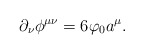
\begin{align*}\partial_\nu \phi ^{\mu\nu} = 6 \varphi_0 a^\mu .\end{align*}